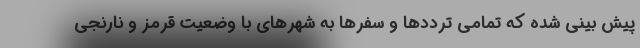
پیش بینی شده که تمامی ترددها و سفرها به شهرهای با وضعیت قرمز و نارنجی